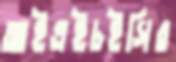
আইএইচইসির